Scientific memoirs by medical officers of the Army of India - Part IV,
Year: 1889
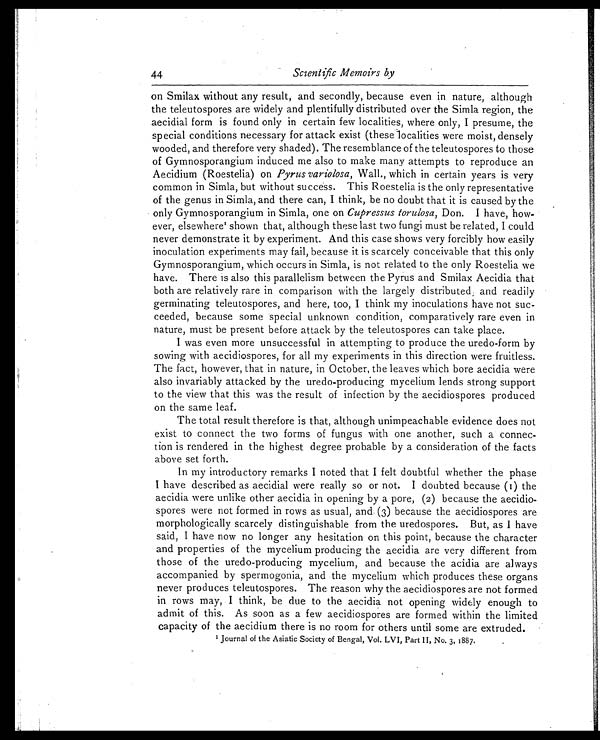
44
Scientific Memoirs by
on Smilax without any result, and secondly, because even in nature, although
the teleutospores are widely and plentifully distributed over the Simla region, the
aecidial form is found only in certain few localities, where only, I presume, the
special conditions necessary for attack exist (these localities were moist, densely
wooded, and therefore very shaded). The resemblance of the teleutospores to those
of Gymnosporangium induced me also to make many attempts to reproduce an
Aecidium (Roestelia) on Pyrus variolosa, Wall., which in certain years is very
common in Simla, but without success. This Roestelia is the only representative
of the genus in Simla, and there can, I think, be no doubt that it is caused by the
only Gymnosporangium in Simla, one on Cupressus torulosa, Don. I have, how-
e v e r , e l s e wh e r e 1 s h o wn t h a t , a l t h o u g h t h e s e l a s t t wo f u n g i mu s t b e r e l a t e d , I c o u l d
never demonstrate it by experiment. And this case shows very forcibly how easily
inoculation experiments may fail, because it is scarcely conceivable that this only
Gymnosporangium, which occurs in Simla, is not related to the only Roestelia we
have. There is also this parallelism between the Pyrus and Smilax Aecidia that
both are relatively rare in comparison with the largely distributed and readily
germinating teleutospores, and here, too, I think my inoculations have not suc-
ceeded, because some special unknown condition, comparatively rare even in
nature, must be present before attack by the teleutospores can take place.
I was even more unsuccessful in attempting to produce the uredo-form by
sowing with aecidiospores, for all my experiments in this direction were fruitless.
The fact, however, that in nature, in October, the leaves which bore aecidia were
also invariably attacked by the uredo-producing mycelium lends strong support
to the view that this was the result of infection by the aecidiospores produced
on the same leaf.
The total result therefore is that, although unimpeachable evidence does not
exist to connect the two forms of fungus with one another, such a connec-
tion is rendered in the highest degree probable by a consideration of the facts
above set forth.
In my introductory remarks I noted that I felt doubtful whether the phase
I have described as aecidial were really so or not. I doubted because (1) the
aecidia were unlike other aecidia in opening by a pore, (2) because the aecidio-
spores were not formed in rows as usual, and (3) because the aecidiospores are
morphologically scarcely distinguishable from the uredospores. But, as I have
said, I have now no longer any hesitation on this point, because the character
and properties of the mycelium producing the aecidia are very different from
those of the uredo-producing mycelium, and because the acidia are always
accompanied by spermogonia, and the mycelium which produces these organs
never produces teleutospores. The reason why the aecidiospores are not formed
in rows may, I think, be due to the aecidia not opening widely enough to
admit of this. As soon as a few aecidiospores are formed within the limited
capacity of the aecidium there is no room for others until some are extruded.
1 Journal of t he Asi at i c Soci et y of Bengal , Vol . LVI, Part II, No. 3, 1887.